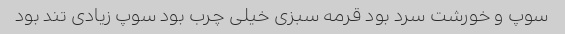
سوپ و خورشت سرد بود قرمه سبزی خیلی چرب بود سوپ زیادی تند بود